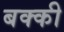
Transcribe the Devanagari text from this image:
बक्की